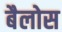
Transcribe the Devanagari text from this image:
बैलोस